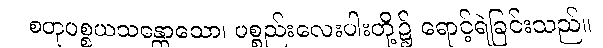
စတုပစ္စယသန္တောသော၊ ပစ္စည်းလေးပါးတို့၌ ရောင့်ရဲခြင်းသည်။